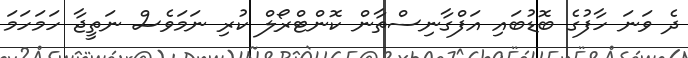
ދެ ވަނަ ހާފުގެ ބޮޑުބައި އަފްގާނިސްތާން ކޮންޓްރޯލް ކުރި ނަމަވެސް ނަތީޖާ ހަމަހަމަ